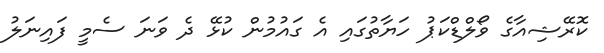
ކޮރޭޝިއާގެ ވޯލްޑްކަޕު ހަޔާތުގައި އެ ގައުމުން ކުޅޭ ދެ ވަނަ ސެމީ ފައިނަލު